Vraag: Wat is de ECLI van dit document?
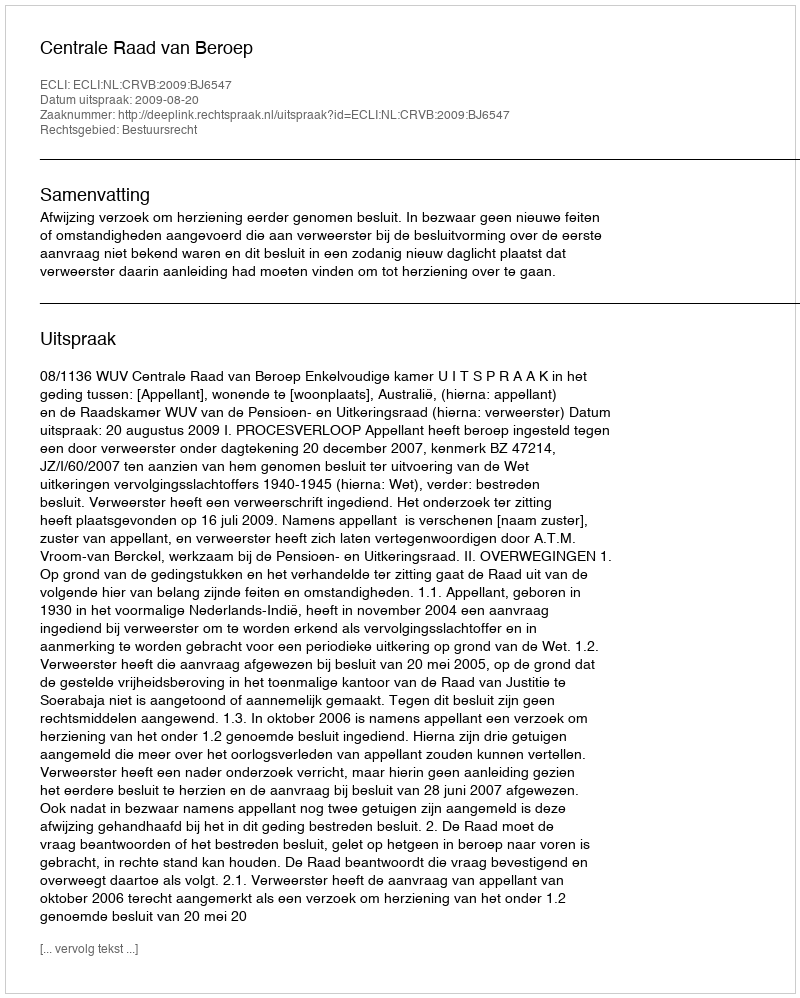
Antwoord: ECLI:NL:CRVB:2009:BJ6547